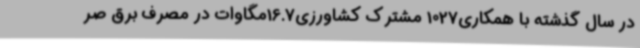
در سال گذشته با همکاری1027 مشترک کشاورزی16.7مگاوات در مصرف برق صر